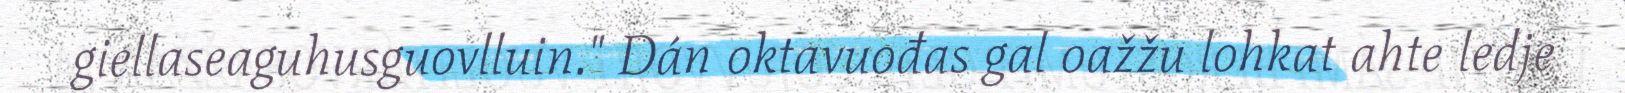
giellaseaguhusguovlluin." Dán oktavuođas gal oažžu lohkat ahte ledje